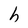
Character: h